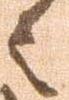
之